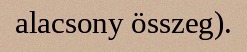
alacsony összeg).